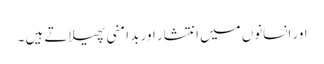
اور انسانوں میں انتشار اور بد امنی پھیلاتے ہیں ۔